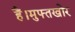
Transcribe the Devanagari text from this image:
हैं।मुफ्तखोर